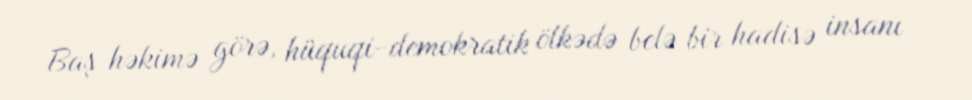
Baş həkimə görə, hüquqi-demokratik ölkədə belə bir hadisə insanı